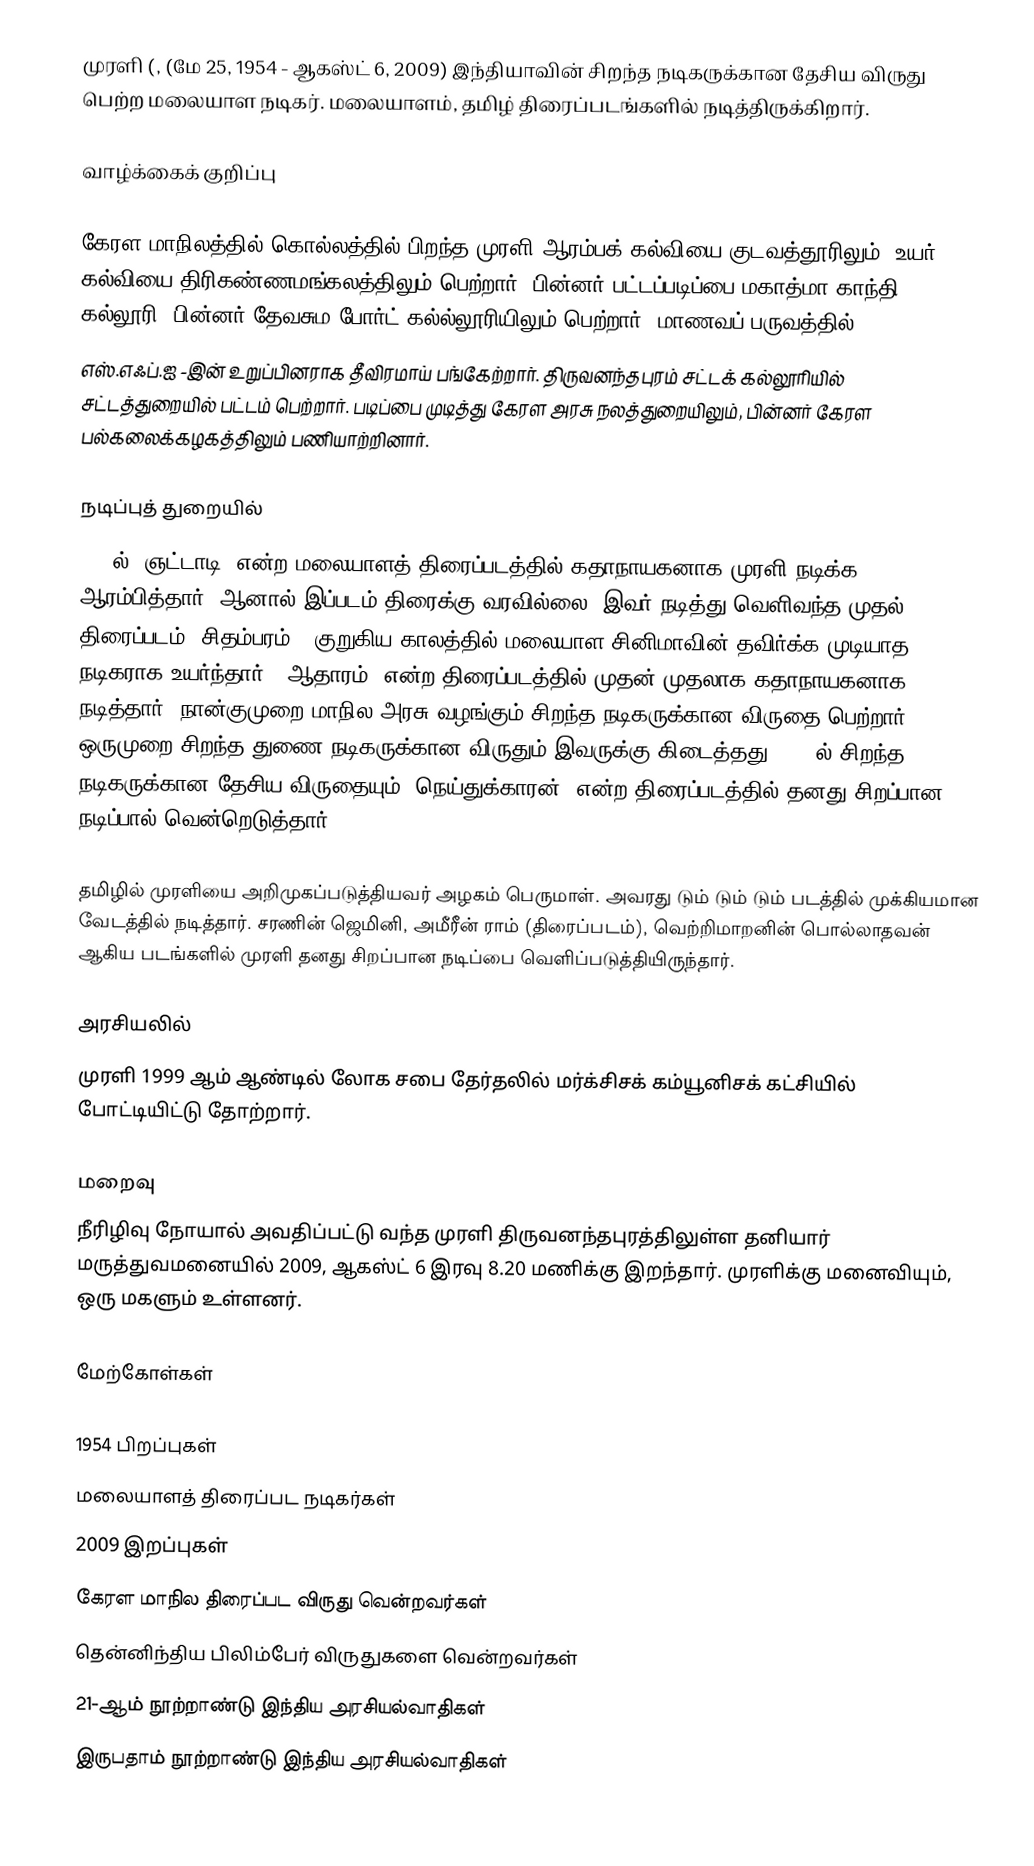
முரளி (, (மே 25, 1954 - ஆகஸ்ட் 6, 2009) இந்தியாவின் சிறந்த நடிகருக்கான தேசிய விருது பெற்ற மலையாள நடிகர். மலையாளம், தமிழ் திரைப்படங்களில் நடித்திருக்கிறார்.

வாழ்க்கைக் குறிப்பு

கேரள மாநிலத்தில் கொல்லத்தில் பிறந்த முரளி ஆரம்பக் கல்வியை குடவத்தூரிலும், உயர் கல்வியை திரிகண்ணமங்கலத்திலும் பெற்றார். பின்னர் பட்டப்படிப்பை மகாத்மா காந்தி கல்லூரி, பின்னர் தேவசும போர்ட் கல்ல்லூரியிலும் பெற்றார். மாணவப் பருவத்தில்
எஸ்.எஃப்.ஐ -இன் உறுப்பினராக தீவிரமாய் பங்கேற்றார். திருவனந்தபுரம் சட்டக் கல்லூரியில் சட்டத்துறையில் பட்டம் பெற்றார். படிப்பை முடித்து கேரள அரசு நலத்துறையிலும், பின்னர் கேரள பல்கலைக்கழகத்திலும் பணியாற்றினார்.

நடிப்புத் துறையில்
1979ல் "ஞட்டாடி" என்ற மலையாளத் திரைப்படத்தில் கதாநாயகனாக முரளி நடிக்க ஆரம்பித்தார். ஆனால் இப்படம் திரைக்கு வரவில்லை. இவர் நடித்து வெளிவந்த முதல் திரைப்படம் "சிதம்பரம்". குறுகிய காலத்தில் மலையாள சினிமாவின் தவிர்க்க முடியாத நடிகராக உயர்ந்தார். "ஆதாரம்" என்ற திரைப்படத்தில் முதன் முதலாக கதாநாயகனாக நடித்தார். நான்குமுறை மாநில அரசு வழங்கும் சிறந்த நடிகருக்கான விருதை பெற்றார். ஒருமுறை சிறந்த துணை நடிகருக்கான விருதும் இவருக்கு கிடைத்தது. 2002ல் சிறந்த நடிகருக்கான தேசிய விருதையும் "நெய்துக்காரன்" என்ற திரைப்படத்தில் தனது சிறப்பான நடிப்பால் வென்றெடுத்தார்.

தமிழில் முரளியை அறிமுகப்படுத்தியவர் அழகம் பெருமாள். அவரது டும் டும் டும் படத்தில் முக்கியமான வேடத்தில் நடித்தார். சரணின் ஜெமினி, அமீரீன் ராம் (திரைப்படம்), வெற்றிமாறனின் பொல்லாதவன் ஆகிய படங்களில் முரளி தனது சிறப்பான நடிப்பை வெளிப்படுத்தியிருந்தார்.

அரசியலில்
முரளி 1999 ஆம் ஆண்டில் லோக சபை தேர்தலில் மர்க்சிசக் கம்யூனிசக் கட்சியில் போட்டியிட்டு தோற்றார்.

மறைவு
நீரிழிவு நோயால் அவதிப்பட்டு வந்த முரளி திருவனந்தபுரத்திலுள்ள தனியார் மருத்துவமனையில் 2009, ஆகஸ்ட் 6 இரவு 8.20 மணிக்கு இறந்தார். முரளிக்கு மனைவியும், ஒரு மகளும் உள்ளனர்.

மேற்கோள்கள்

1954 பிறப்புகள்
மலையாளத் திரைப்பட நடிகர்கள்
2009 இறப்புகள்
கேரள மாநில திரைப்பட விருது வென்றவர்கள்
தென்னிந்திய பிலிம்பேர் விருதுகளை வென்றவர்கள்
21-ஆம் நூற்றாண்டு இந்திய அரசியல்வாதிகள்
இருபதாம் நூற்றாண்டு இந்திய அரசியல்வாதிகள்